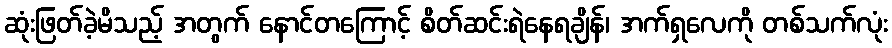
ဆုံးဖြတ်ခဲ့မိသည့် အတွက် နောင်တကြောင့် စိတ်ဆင်းရဲနေရချိန်၊ အက်ရှလေကို တစ်သက်လုံး